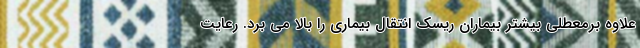
علاوه برمعطلی بیشتر بیماران ریسک انتقال بیماری را بالا می برد. رعایت